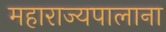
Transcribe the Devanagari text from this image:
महाराज्यपालाना